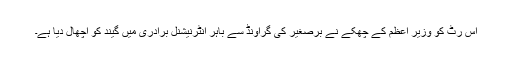
اس رٹ کو وزیر اعظم کے چھکے نے برصغیر کی گراؤنڈ سے باہر انٹرنیشنل برادری میں گیند کو اچھال دیا ہے۔